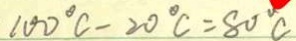
1 0 0 ^ { \circ } C - 2 0 ^ { \circ } C = 8 0 ^ { \circ } C